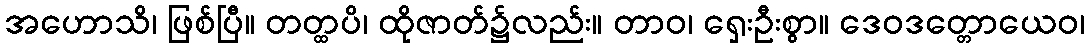
အဟောသိ၊ ဖြစ်ပြီ။ တတ္ထပိ၊ ထိုဇာတ်၌လည်း။ တာဝ၊ ရှေးဦးစွာ။ ဒေဝဒတ္တောယေဝ၊